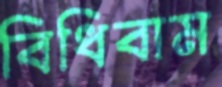
বিধিবাম